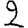
Digit: 2